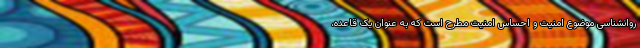
روانشناسی موضوع امنیت و احساس امنیت مطرح است که به عنوان یک قاعده،